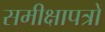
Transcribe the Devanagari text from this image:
समीक्षापत्रों